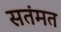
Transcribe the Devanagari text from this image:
सतंमत